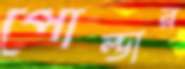
পোল্ডার